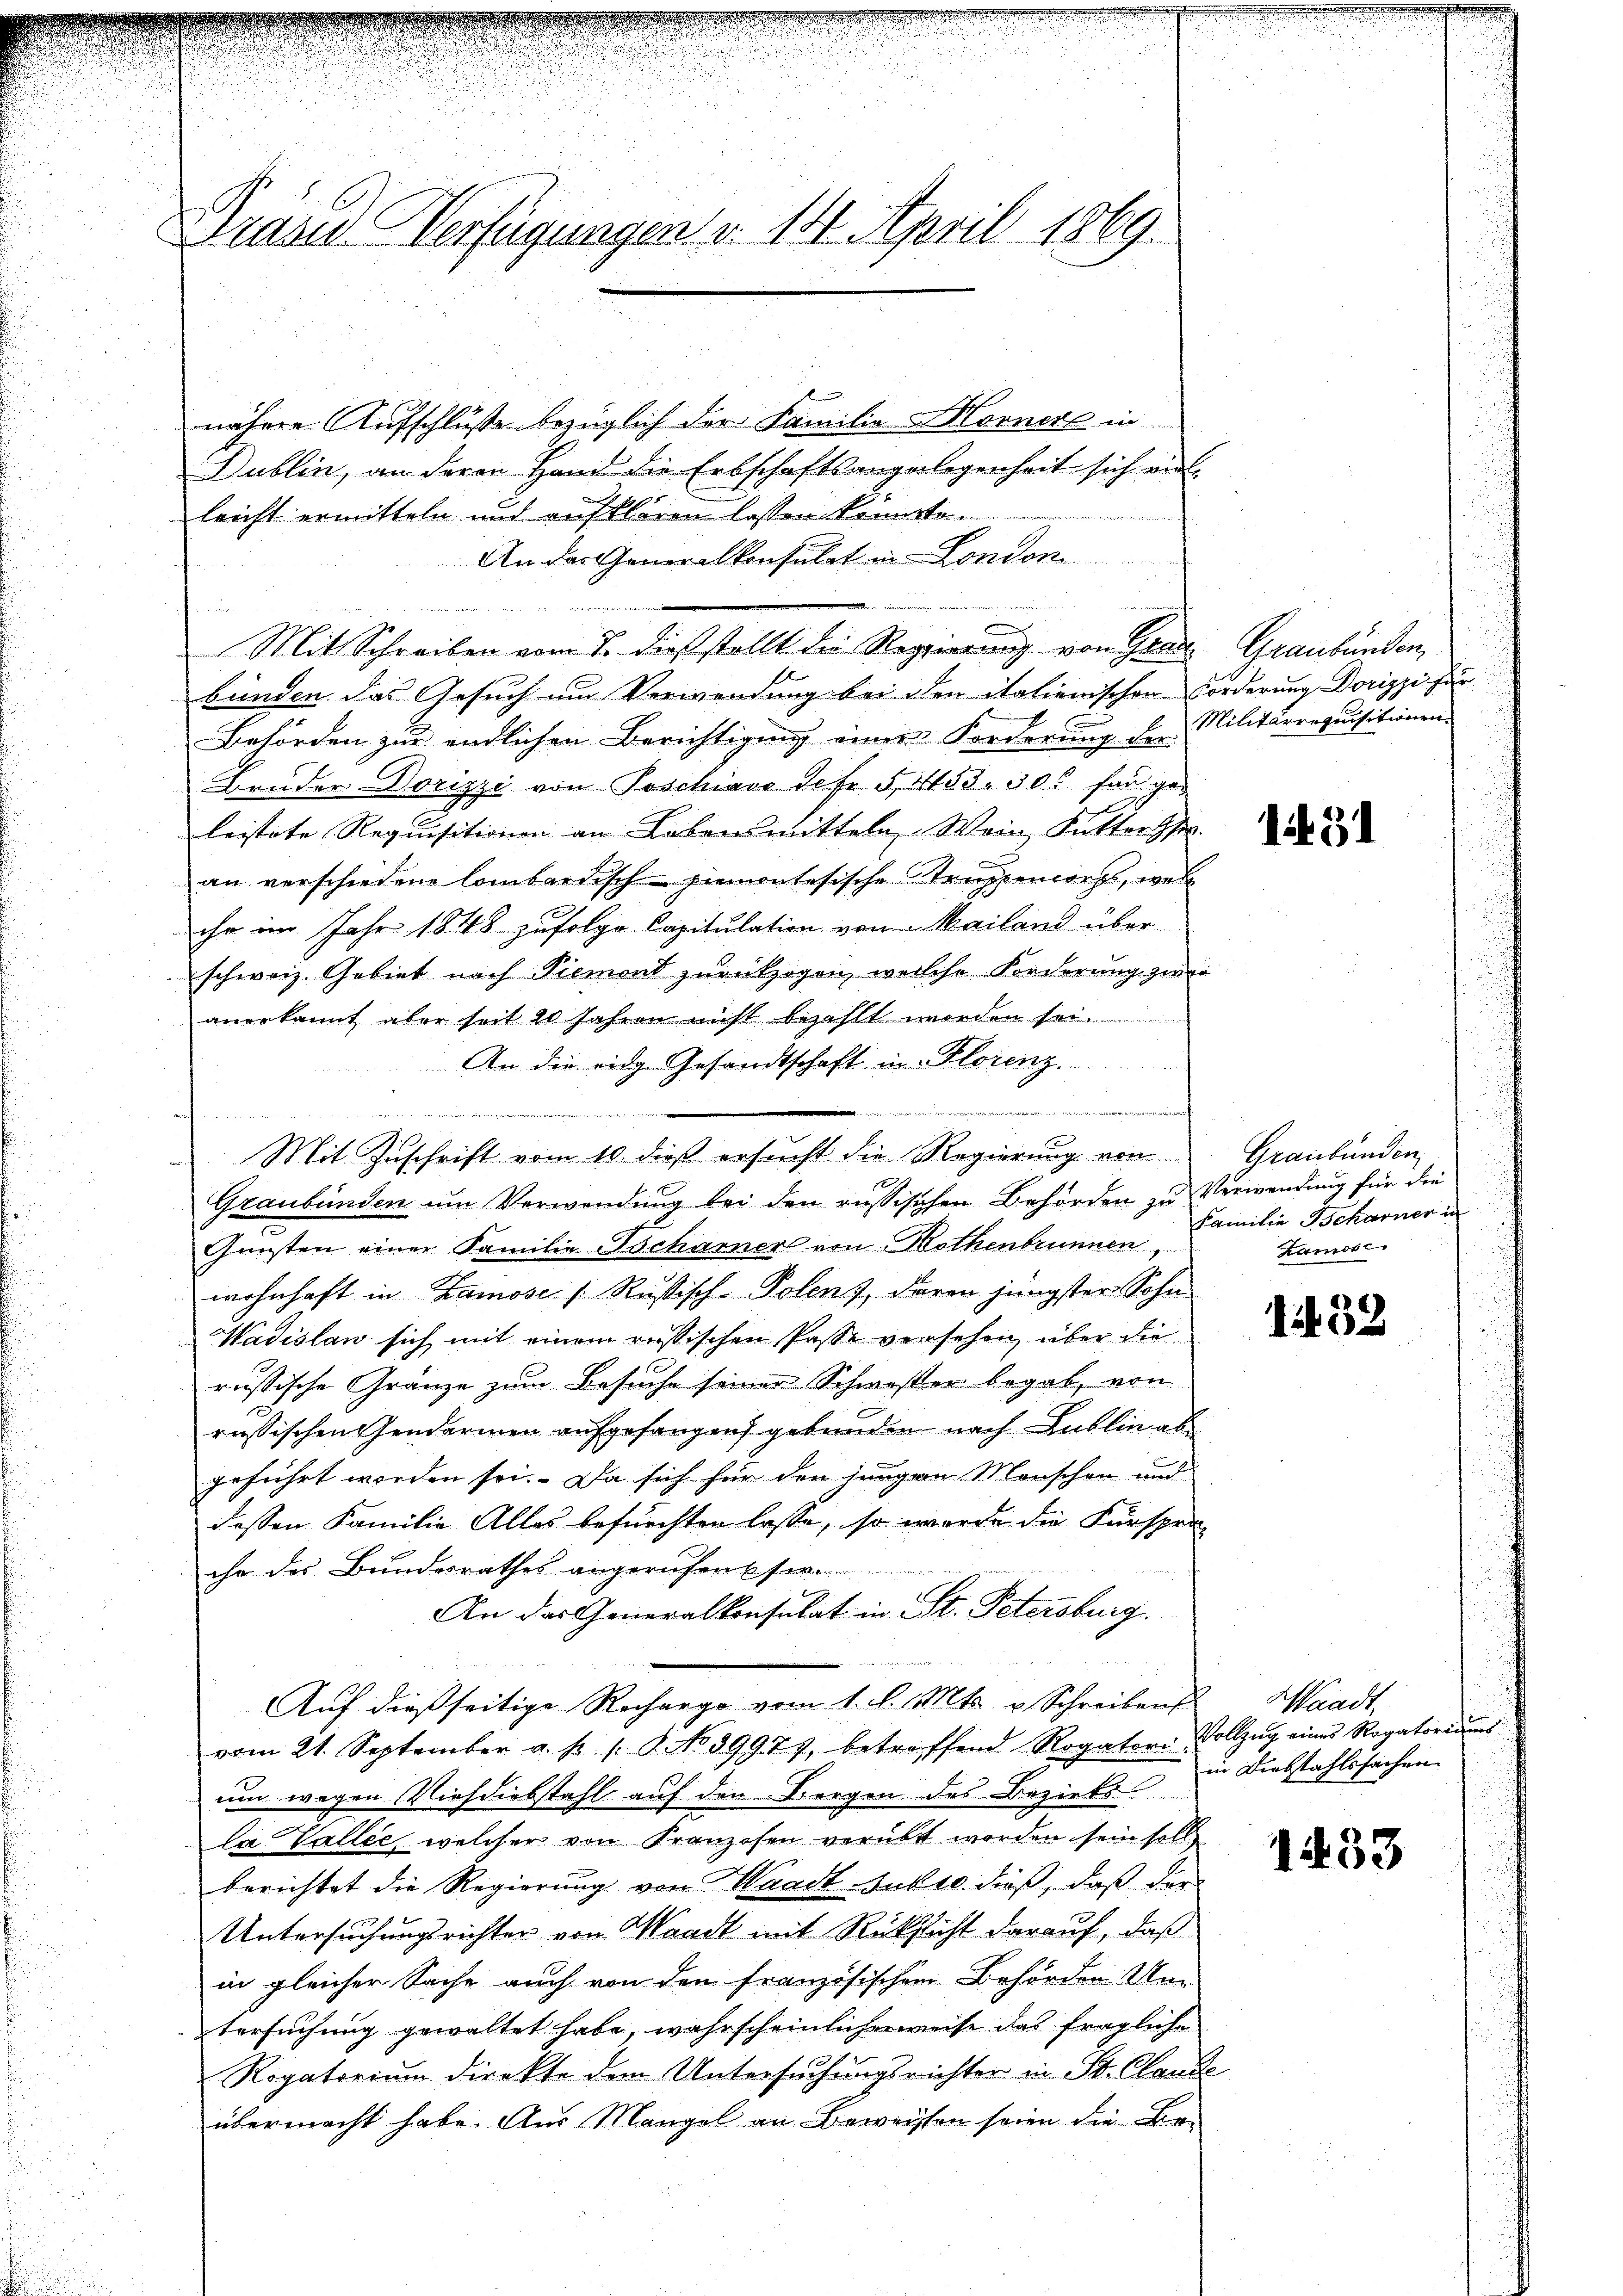
Grund Verfügungen v. 14. April 1869.

nähere Aufschlüße bezüglich der Familie Hornere in
Dublin, an deren Hand die Erbschaftsangelegenheit sich auf-
leicht ermitteln und aufklären lassen konnte.
An das Generalkonsulat in London
2
Mit Schreiben vom 7. dieß stellt die Regierung von Grade Graubünden,
bünden das Gesuch um Verwendung bei den italienischen Forderung Dorizzi zur
Behörden zur endlichen Berichtigung einer Forderung der Militärrequisitionen
Bruder Dorizzi von Poschiavo defr. 52453. 306 für ges
leistete Requisitionen an Lebensmitteln, Wein, Futterth
an verschiedene Combardisch-piemontesische Struppencorps, wel
ihr im Jahr 1848 zufolge Capitulation von Mailand über
schweiz. Gebiet nach Piemont zurückzogen, welche Forderung zwei
anerkannt aber seit 20 Jahren nicht bezahlt worden sei.
An die eidg. Gesandtschaft in Florenz.
.
Mit Zuschrift vom 10. dieß ersucht die Regierung von
f
Graubünden um Verwendung bei den russischen Behörden zu Verwendung für die
Gunsten einer Familie Tscharner von Bothenbrunnen
wohnhaft in Lamose /: Russisch-Polenz, daran jüngster Sohn
Wadislan sich mit einem russischen Pässe versehen, über die
russische Gränze zum Besuche seiner Schwester begab, von
russischen Gendarmen aufgefangen gebunden nach Lublin abgeführt worden sei. Da sich für den jungen Menschen und
dessen Familie Alles befürchten lasse, so werde die Fürspra-
ihr des Bundesrathes angerufen
An das Generalkonsulat in St. Petersburg.
Auf dießseitige Recharge vom 1. l. Mts. u Schreibens Waadt,
vom 21. September a. p. 1. P. No 39977, betreffend Rogatori Vollzŭg eines Rogatoriŭms
um wegen Viehdiebstahl auf den Bergen des Bezirks
la Vallee, welcher von Franzosen verübt worden sein soll
berichtet die Regierung von Waadt -Juker dieß, daß der
Untersuchungsrichter von Waadt mit Rücksicht darauf, daß
in gleicher Sache auch von den französischem Behörden Um-
tersuchung gewaltet habe, wahrscheinlicherweise das fragliche
Rogatorium direkte dem Untersuchungsrichter in St. Claude
übermacht habe. Aus Mangel an Beweissen seien die Be¬

i. Wenn

1451

Graubünden
Familie Scharner in
Kamost

132

in Diebstahlssachen

1433